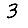
Digit: 3